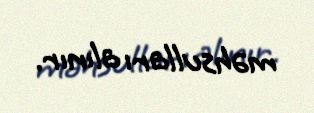
məhsulları alınır.